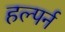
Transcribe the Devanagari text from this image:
हल्पर्न